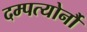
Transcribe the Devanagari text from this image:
दम्पत्योर्नौ